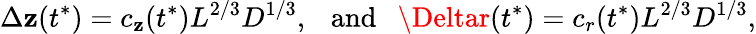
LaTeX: \Delta\mathbf{z}(t^{*})=c_{\mathbf{z}}(t^{*})L^{2/3}D^{1/3},\ \ \ \mathrm{{and}}\ \ \ \Deltar(t^{*})=c_{r}(t^{*})L^{2/3}D^{1/3},